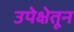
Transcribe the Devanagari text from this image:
उपेक्षेतून